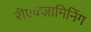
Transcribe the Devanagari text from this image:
रीएक्ज़ामिनिंग